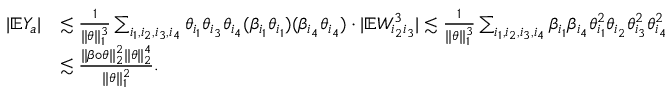
\begin{array} { r l } { | \mathbb { E } Y _ { a } | } & { \lesssim \frac { 1 } { \| \theta \| _ { 1 } ^ { 3 } } \sum _ { i _ { 1 } , i _ { 2 } , i _ { 3 } , i _ { 4 } } \theta _ { i _ { 1 } } \theta _ { i _ { 3 } } \theta _ { i _ { 4 } } ( \beta _ { i _ { 1 } } \theta _ { i _ { 1 } } ) ( \beta _ { i _ { 4 } } \theta _ { i _ { 4 } } ) \cdot | \mathbb { E } W _ { i _ { 2 } i _ { 3 } } ^ { 3 } | \lesssim \frac { 1 } { \| \theta \| _ { 1 } ^ { 3 } } \sum _ { i _ { 1 } , i _ { 2 } , i _ { 3 } , i _ { 4 } } \beta _ { i _ { 1 } } \beta _ { i _ { 4 } } \theta _ { i _ { 1 } } ^ { 2 } \theta _ { i _ { 2 } } \theta _ { i _ { 3 } } ^ { 2 } \theta _ { i _ { 4 } } ^ { 2 } } \\ & { \lesssim \frac { \| \beta \circ \theta \| _ { 2 } ^ { 2 } \| \theta \| _ { 2 } ^ { 4 } } { \| \theta \| _ { 1 } ^ { 2 } } . } \end{array}